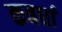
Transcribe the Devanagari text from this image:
कबर्धा